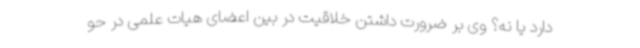
دارد یا نه؟ وی بر ضرورت داشتن خلاقیت در بین اعضای هیات علمی در حو